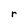
Character: r